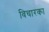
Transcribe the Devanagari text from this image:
विचारका